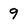
Character: 9